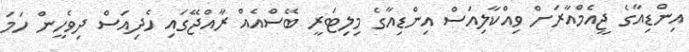
އިންޑިއާގެ ޖީއެމްއާރަށް ވިއްކާލިއަސް އިންޑިއާގެެ މިލިޓަރީ ބޭސްއެއް ރާއްޖޭގައި ހެދިއަސް ދިވެހީން ހަމަ